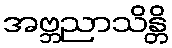
အဗ္ဘညာသိန္တိ